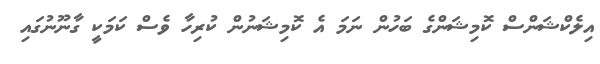
އިލެކްޝަންސް ކޮމިޝަންގެ ބަހުން ނަމަ އެ ކޮމިޝަނުން ކުރިހާ ވެސް ކަމަކީ ގާނޫނުގައި